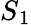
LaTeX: S{_1}